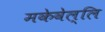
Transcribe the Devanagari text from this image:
मकेवेल्लि